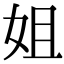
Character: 姐